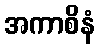
အကာစိနံ